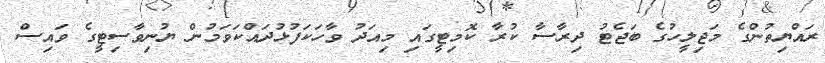
ރައްޔިތުންގެ މަޖިލީހުގެ ބަޖެޓު ދިރާސާ ކުރާ ކޮމިޓީގައި މިއަދު ވާހަކަފުޅުދައްކަވަމުން ޔުނިވާސިޓީގެ ވައިސް